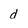
Character: d